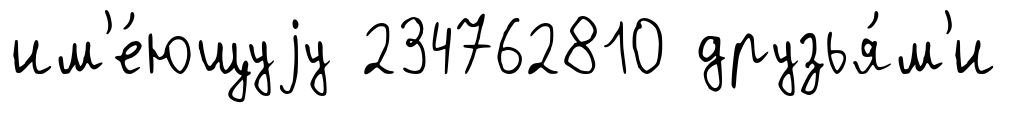
им'е́ющуjу 234762810 друзья́м'и